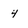
Character: 4